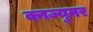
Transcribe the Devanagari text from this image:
क्नज्युमर